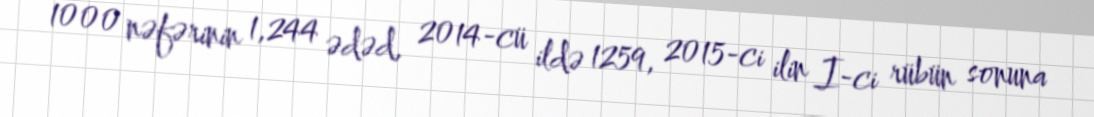
1000 nəfərinin 1,244 ədəd, 2014-cü ildə 1259, 2015-ci ilin I-ci rübün sonuna